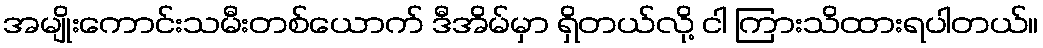
အမျိုးကောင်းသမီးတစ်ယောက် ဒီအိမ်မှာ ရှိတယ်လို့ ငါ ကြားသိထားရပါတယ်။